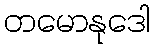
တမောနုဒေါ